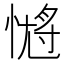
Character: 𭝹